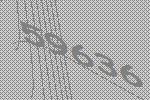
59636